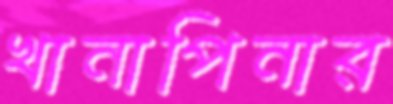
খানাপিনার